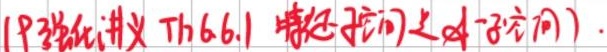
(P3 强化讲义 Th 6.6.1 特征空间是 - 子空间).